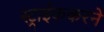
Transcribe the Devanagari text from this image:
स्ट्राईककरने